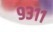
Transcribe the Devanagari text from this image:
९३११